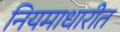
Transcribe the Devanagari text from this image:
नियमाधारीत